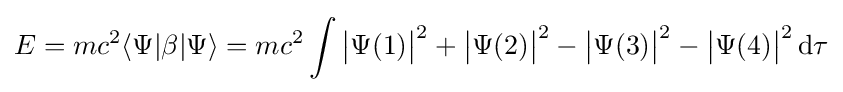
E=mc^{2}\langle \Psi |\beta |\Psi \rangle =mc^{2}\int {\big |}\Psi (1){\big |}^{2}+{\big |}\Psi (2){\big |}^{2}-{\big |}\Psi (3){\big |}^{2}-{\big |}\Psi (4){\big |}^{2}\,\mathrm {d} \tau